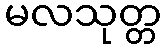
မလသုတ္တ